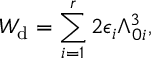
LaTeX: W _ { \mathrm { d } } = \sum _ { i = 1 } ^ { r } 2 \epsilon _ { i } \Lambda _ { 0 i } ^ { 3 } ,